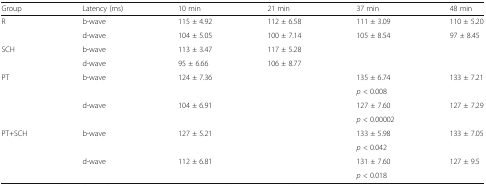
| Group | Latency (ms) | 10 min | 21 min | 37 min | 48 min |
 | --- | --- | --- | --- | --- | --- |
 | <ROWSPAN=2> R | b-wave | 115 ± 4.92 | 112 ± 6.58 | 111 ± 3.09 | 110 ± 5.20 |
 | d-wave | 104 ± 5.05 | 100 ± 7.14 | 105 ± 8.54 | 97 ± 8.45 |
 | <ROWSPAN=2> SCH | b-wave | 113 ± 3.47 | 117 ± 5.28 |  |  |
 | d-wave | 95 ± 6.66 | 106 ± 8.77 |  |  |
 | <ROWSPAN=4> PT | b-wave | 124 ± 7.36 |  | 135 ± 6.74 | 133 ± 7.21 |
 |  |  |  | p < 0.008 |  |
 | d-wave | 104 ± 6.91 |  | 127 ± 7.60 | 127 ± 7.29 |
 |  |  |  | p < 0.00002 |  |
 | <ROWSPAN=4> PT+SCH | b-wave | 127 ± 5.21 |  | 133 ± 5.98 | 133 ± 7.05 |
 |  |  |  | p < 0.042 |  |
 | d-wave | 112 ± 6.81 |  | 131 ± 7.60 | 127 ± 9.5 |
 |  |  |  | p < 0.018 |  |